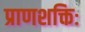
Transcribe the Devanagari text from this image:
प्राणशक्तिः